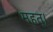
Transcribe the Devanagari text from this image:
महत्।